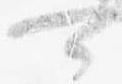
可